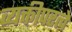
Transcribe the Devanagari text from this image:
व्यक्तीपरत्वे